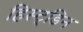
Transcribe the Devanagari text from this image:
हिस्ट्डिन